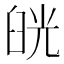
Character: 𦥰